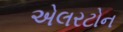
એલરટોન